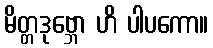
မိတ္တဒုဗ္ဘော ဟိ ပါပကော။